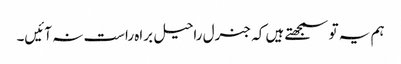
ہم یہ تو سمجھتے ہیں کہ جنرل راحیل براہ راست نہ آئیں۔